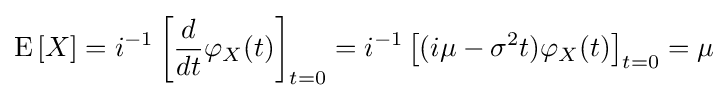
\operatorname {E} \left[X\right]=i^{-1}\left[{\frac {d}{dt}}\varphi _{X}(t)\right]_{t=0}=i^{-1}\left[(i\mu -\sigma ^{2}t)\varphi _{X}(t)\right]_{t=0}=\mu